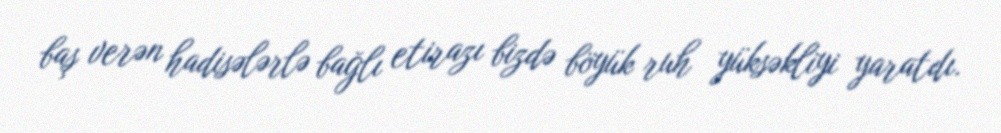
baş verən hadisələrlə bağlı etirazı bizdə böyük ruh yüksəkliyi yaratdı.